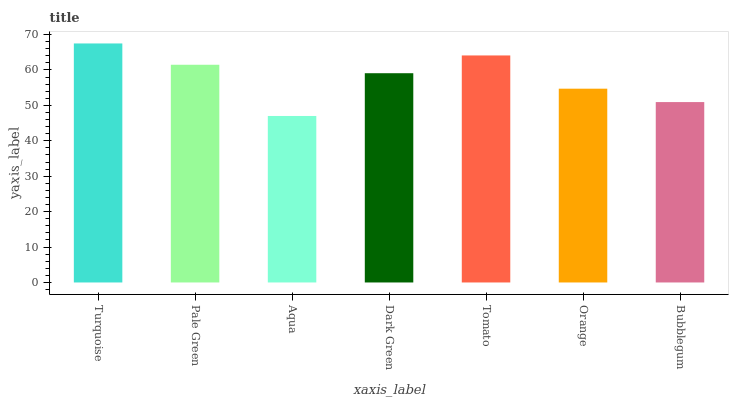
| xaxis_label | bars |
 | --- | --- |
 | Turquoise | 67.5 |
 | Pale Green | 61.5 |
 | Aqua | 47 |
 | Dark Green | 59.1 |
 | Tomato | 64.1 |
 | Orange | 54.7 |
 | Bubblegum | 50.9 |